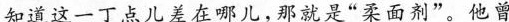
知道这一丁点儿差在哪儿，那就是”柔面剂”。他曾